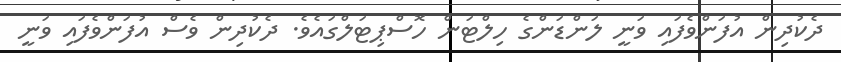
ދެކުދިން އުފަންވެފައި ވަނީ ލަންޑަންގެ ހިލްޓަން ހޮސްޕިޓަލްގައެވެ. ދެކުދިން ވެސް އުފަންވެފައި ވަނީ